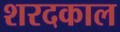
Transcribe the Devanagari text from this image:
शरदकाल